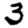
Digit: 3